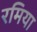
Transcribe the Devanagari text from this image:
रमिया